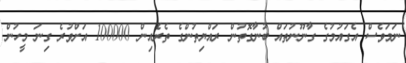
ނަމަވެސް އެގައުމުގެ ގާނޫނުތައް ބުނާގޮތުން ރައްޔިތުންގެ ތެރެއިން 100000 އަށްވުރެ ގިނަ މީހުން